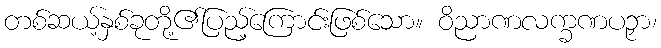
တစ်ဆယ့်နှစ်ခုတို့၏ပြည့်ကြောင်းဖြစ်သော။ ဝိညာဏလက္ခဏပဉှာ၊